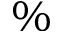
\%